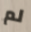
لم